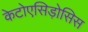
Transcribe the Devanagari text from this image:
केटोएसिड़ोसिस